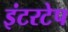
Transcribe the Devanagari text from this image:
इंटरटेप